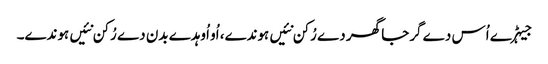
جیہڑے اُس دے گرجا گھر دے رُکن نئیں ہوندے، اُو اُوہدے بدن دے رُکن نئیں ہوندے۔